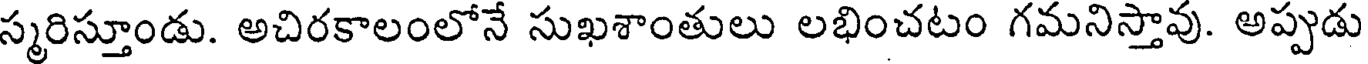
స్మరిస్తూండు. అచిరకాలంలోనే సుఖశాంతులు లభించటం గమనిస్తావు. అప్పుడు